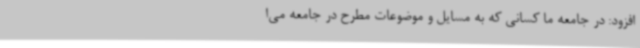
افزود: در جامعه ما کسانی که به مسایل و موضوعات مطرح در جامعه می‌ا